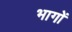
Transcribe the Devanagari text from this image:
भागाें